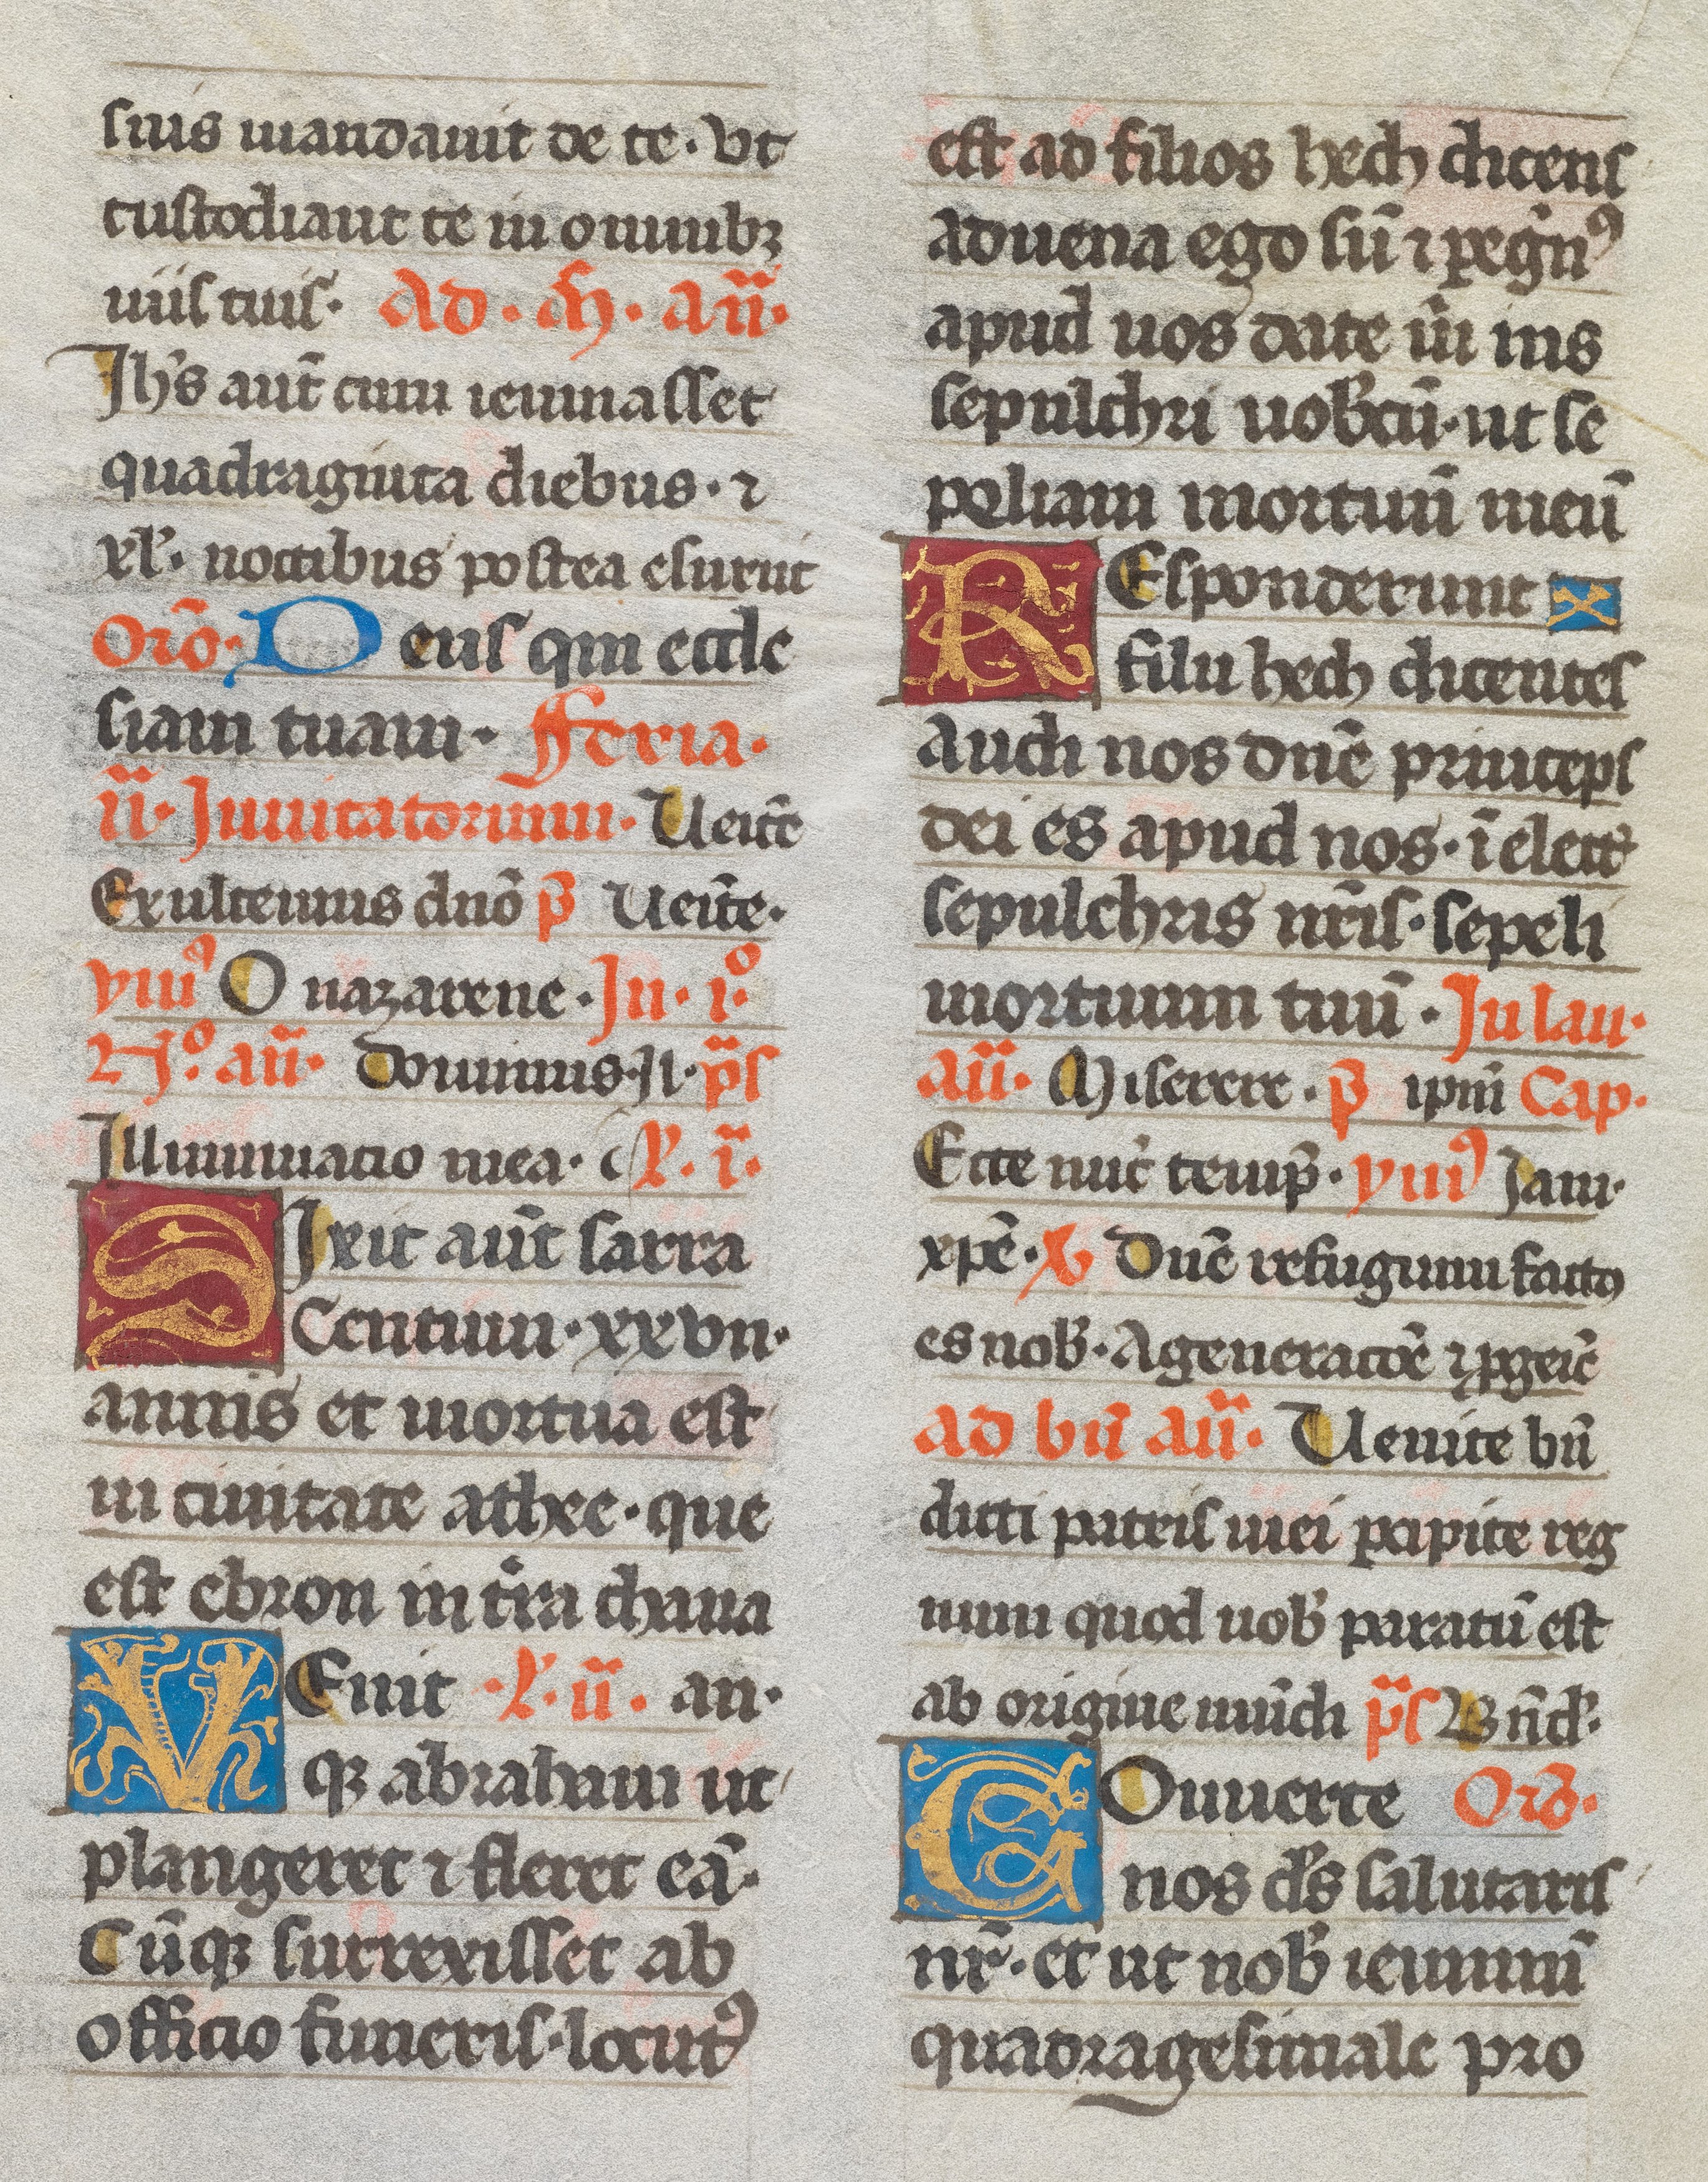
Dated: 1493–1493